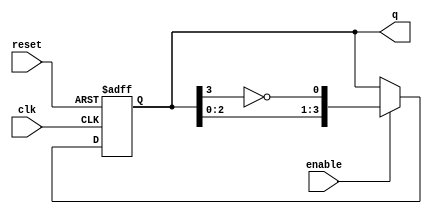
module RingJohnsonCounter #(
    parameter N = 4  // Number of bits in the counter
)(
    input wire clk,           // Clock input
    input wire reset,         // Asynchronous reset
    input wire enable,        // Enable input
    output reg [N-1:0] q      // Counter output
);

    // Internal signal for feedback
    wire feedback;

    // Feedback is the inverted output of the last flip-flop
    assign feedback = ~q[N-1];

    always @(posedge clk or posedge reset) begin
        if (reset) begin
            // Asynchronous reset
            q <= 0;
        end else if (enable) begin
            // Shift the counter and apply feedback
            q <= {q[N-2:0], feedback};
        end
    end

endmodule